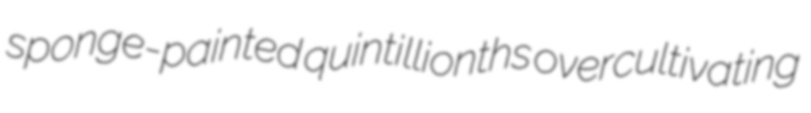
sponge-painted quintillionths overcultivating